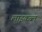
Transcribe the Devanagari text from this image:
लाइकब्ल